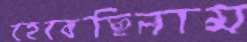
হেরেছিলাম